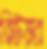
ব্রিউয়ার